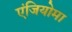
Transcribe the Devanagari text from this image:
एंजियोमा